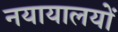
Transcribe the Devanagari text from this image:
नयायालयों